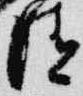
清